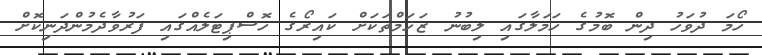
ހޯމަ ދުވަހު ދިން ބޮމުގެ ހަމަލާގައި ލިބުނު ޒަޚަމްތަކަށް ކައިރޯގެ ހޮސްޕިޓަލެއްގައި ފަރުވާދެމުންދަނިކޮށް